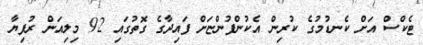
ޓެކްސް އަށް ކެނޑުމުގެ ކުރިން އެކުންފުންޏަށް ފައިދާގެ ގޮތުގައި 92 މިލިއަން ރުފިޔާ